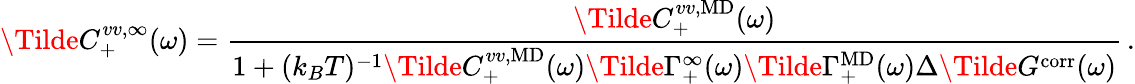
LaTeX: \Tilde{C}_{+}^{vv,\infty}(\omega)=\frac{\Tilde{C}_{+}^{vv,\mathrm{MD}}(\omega)}{1+(k_{B}T)^{-1}\Tilde{C}_{+}^{vv,\mathrm{MD}}(\omega)\Tilde{\Gamma}_{+}^{\infty}(\omega)\Tilde{\Gamma}_{+}^{\mathrm{MD}}(\omega)\Delta\Tilde{G}^{\mathrm{corr}}(\omega)}\, .